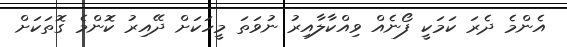
އެންމެ ދެރަ ކަމަކީ ފޯނެއް ވިއްކާލާއިރު ނުވަތަ މީހަކަށް ދޭއިރު ކޮންމެ ގޮތަކަށް